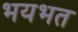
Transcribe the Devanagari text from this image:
भयभत